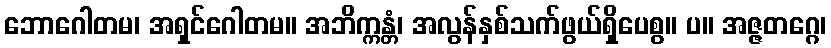
ဘောဂေါတမ၊ အရှင်ဂေါတမ။ အဘိက္ကန္တံ၊ အလွန်နှစ်သက်ဖွယ်ရှိပေစွ။ ပ။ အဇ္ဇတဂ္ဂေ၊